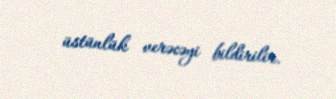
üstünlük verəcəyi bildirilir.